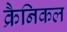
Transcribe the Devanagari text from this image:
क्रैनिकल